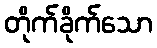
တိုက်ခိုက်သော